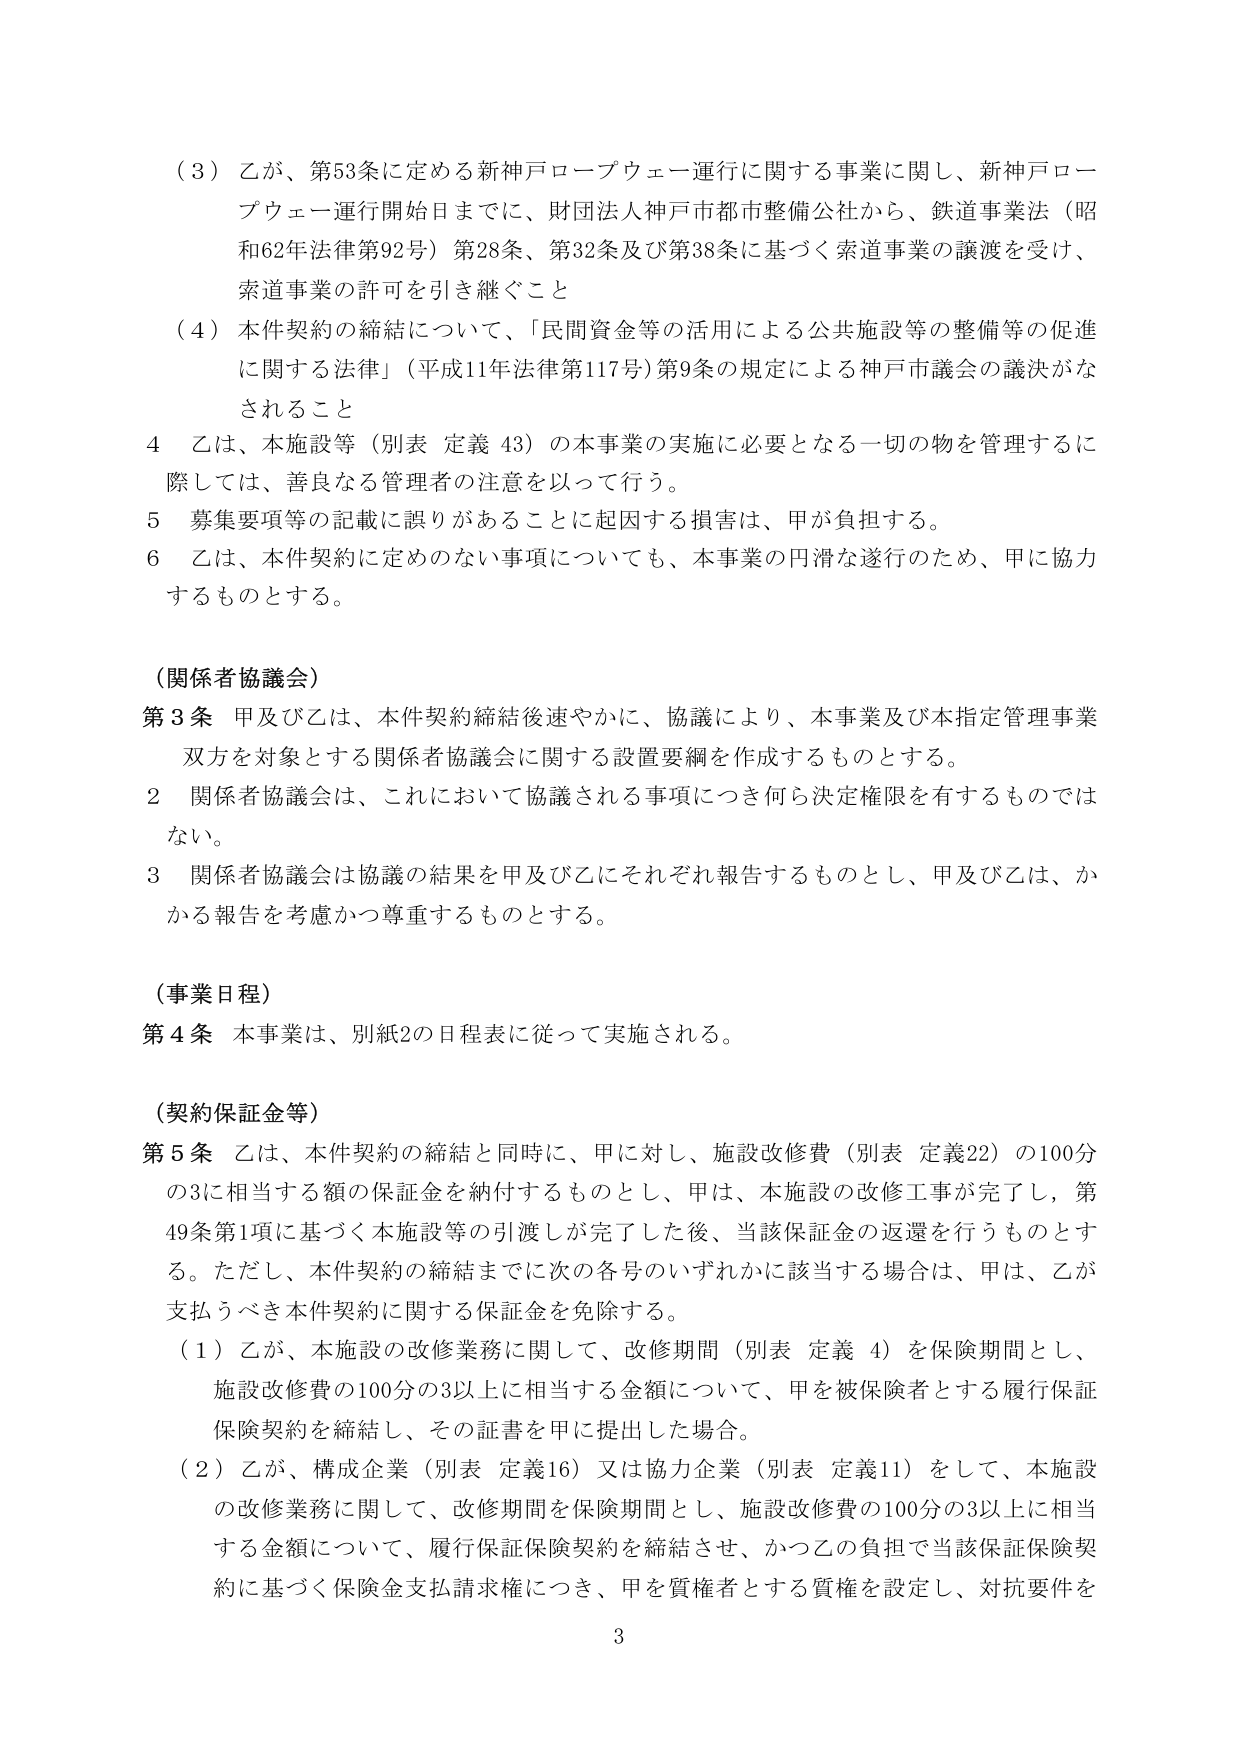
（３）乙が、第53条に定める新神戸ロープウェー運行に関する事業に関し、新神戸ロープウェー運行開始日までに、財団法人神戸市都市整備公社から、鉄道事業法（昭和62年法律第92号）第28条、第32条及び第38条に基づく索道事業の譲渡を受け、索道事業の許可を引き継ぐこと

（４）本件契約の締結について、「民間資金等の活用による公共施設等の整備等の促進に関する法律」（平成11年法律第117号）第9条の規定による神戸市議会の議決がなされること

４ 乙は、本施設等（別表 定義 43）の本事業の実施に必要となる一切の物を管理するに際しては、善良なる管理者の注意を以って行う。

５ 募集要項等の記載に誤りがあることに起因する損害は、甲が負担する。

６ 乙は、本件契約に定めのない事項についても、本事業の円滑な遂行のため、甲に協力するものとする。

（関係者協議会）

第３条 甲及び乙は、本件契約締結後速やかに、協議により、本事業及び本指定管理事業双方を対象とする関係者協議会に関する設置要綱を作成するものとする。

２ 関係者協議会は、これにおいて協議される事項につき何ら決定権限を有するものではない。

３ 関係者協議会は協議の結果を甲及び乙にそれぞれ報告するものとし、甲及び乙は、かかる報告を考慮かつ尊重するものとする。

（事業日程）

第４条 本事業は、別紙2の日程表に従って実施される。

（契約保証金等）

第５条 乙は、本件契約の締結と同時に、甲に対し、施設改修費（別表 定義22）の100分の3に相当する額の保証金を納付するものとし、甲は、本施設の改修工事が完了し、第49条第1項に基づく本施設等の引渡しが完了した後、当該保証金の返還を行うものとする。ただし、本件契約の締結までに次の各号のいずれかに該当する場合は、甲は、乙が支払うべき本件契約に関する保証金を免除する。

（１）乙が、本施設の改修業務に関して、改修期間（別表 定義 4）を保険期間とし、施設改修費の100分の3以上に相当する金額について、甲を被保険者とする履行保証保険契約を締結し、その証書を甲に提出した場合。

（２）乙が、構成企業（別表 定義16）又は協力企業（別表 定義11）をして、本施設の改修業務に関して、改修期間を保険期間とし、施設改修費の100分の3以上に相当する金額について、履行保証保険契約を締結させ、かつ乙の負担で当該保証保険契約に基づく保険金支払請求権につき、甲を質権者とする質権を設定し、対抗要件を

3